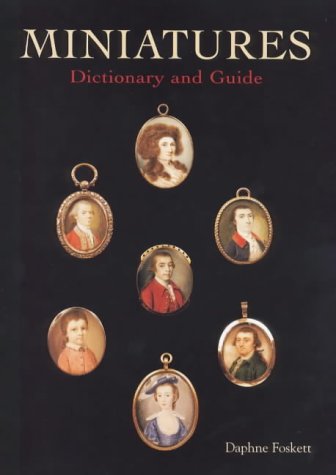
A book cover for Miniatures: Dictionary and Guide; Daphne Foskett; Crafts, Hobbies & Home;